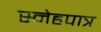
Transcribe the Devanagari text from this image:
स्नेहपात्र